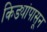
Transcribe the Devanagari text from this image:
किड्यांपासून